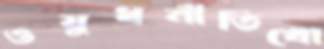
ওষুধনীতিখো